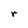
Character: r